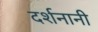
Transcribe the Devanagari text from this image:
दर्शनानी